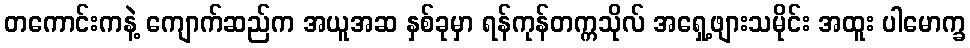
တကောင်းကနဲ့ ကျောက်ဆည်က အယူအဆ နှစ်ခုမှာ ရန်ကုန်တက္ကသိုလ် အရှေ့ဖျားသမိုင်း အထူး ပါမောက္ခ